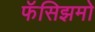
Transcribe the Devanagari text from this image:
फॅसिझमो